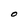
Character: 0